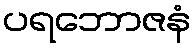
ပရဘောဇနံ